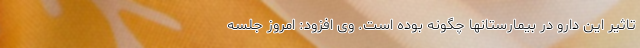
تاثیر این دارو در بیمارستانها چگونه بوده است. وی افزود: امروز جلسه